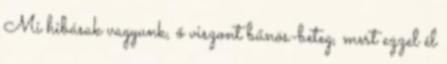
Mi hibásak vagyunk, ő viszont bűnös-beteg, mert ezzel él